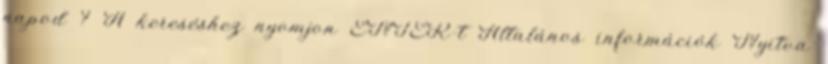
napod ? A kereséshez nyomjon ENTER-t Általános információk Nyitva